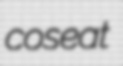
coseat